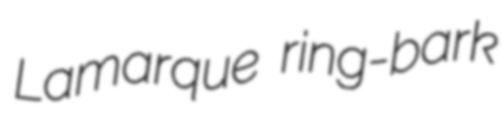
Lamarque ring-bark